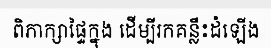
ពិភាក្សាផ្ទៃក្នុង ដើម្បីរកគន្លឹះដំឡើង